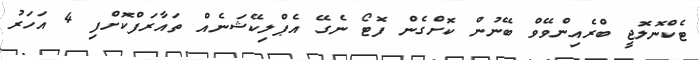
ޓެކްނޮލޮޖީ ބްރެއިންވޭވް ބޭނުން ކޮށްގެން ފޮޓޯ ނެގޭ އެޕްލިކޭޝަނެއް ތައާރަފްކޮށްފި 4 އަހަރު